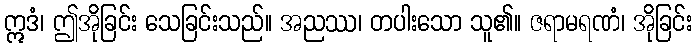
ဣဒံ၊ ဤအိုခြင်း သေခြင်းသည်။ အညဿ၊ တပါးသော သူ၏။ ဇရာမရဏံ၊ အိုခြင်း